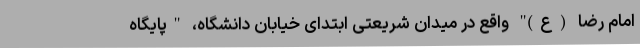
امام رضا (ع)" واقع در میدان شریعتی ابتدای خیابان دانشگاه، "پایگاه